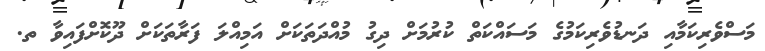
މަސްވެރިކަމާއި ދަނޑުވެރިކަމުގެ މަސައްކަތް ކުރުމަށް ދިގު މުއްދަތަކަށް އަމިއްލަ ފަރާތަކަށް ދޫކޮށްފައިވާ ތ.